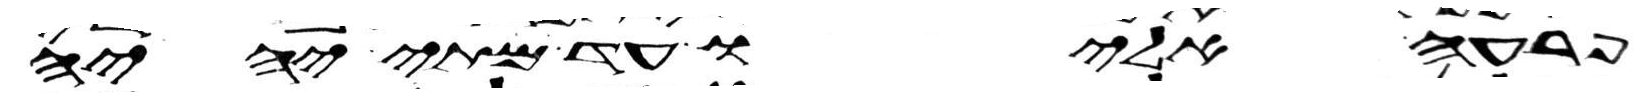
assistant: פרעה אליו עד מתי יהיה